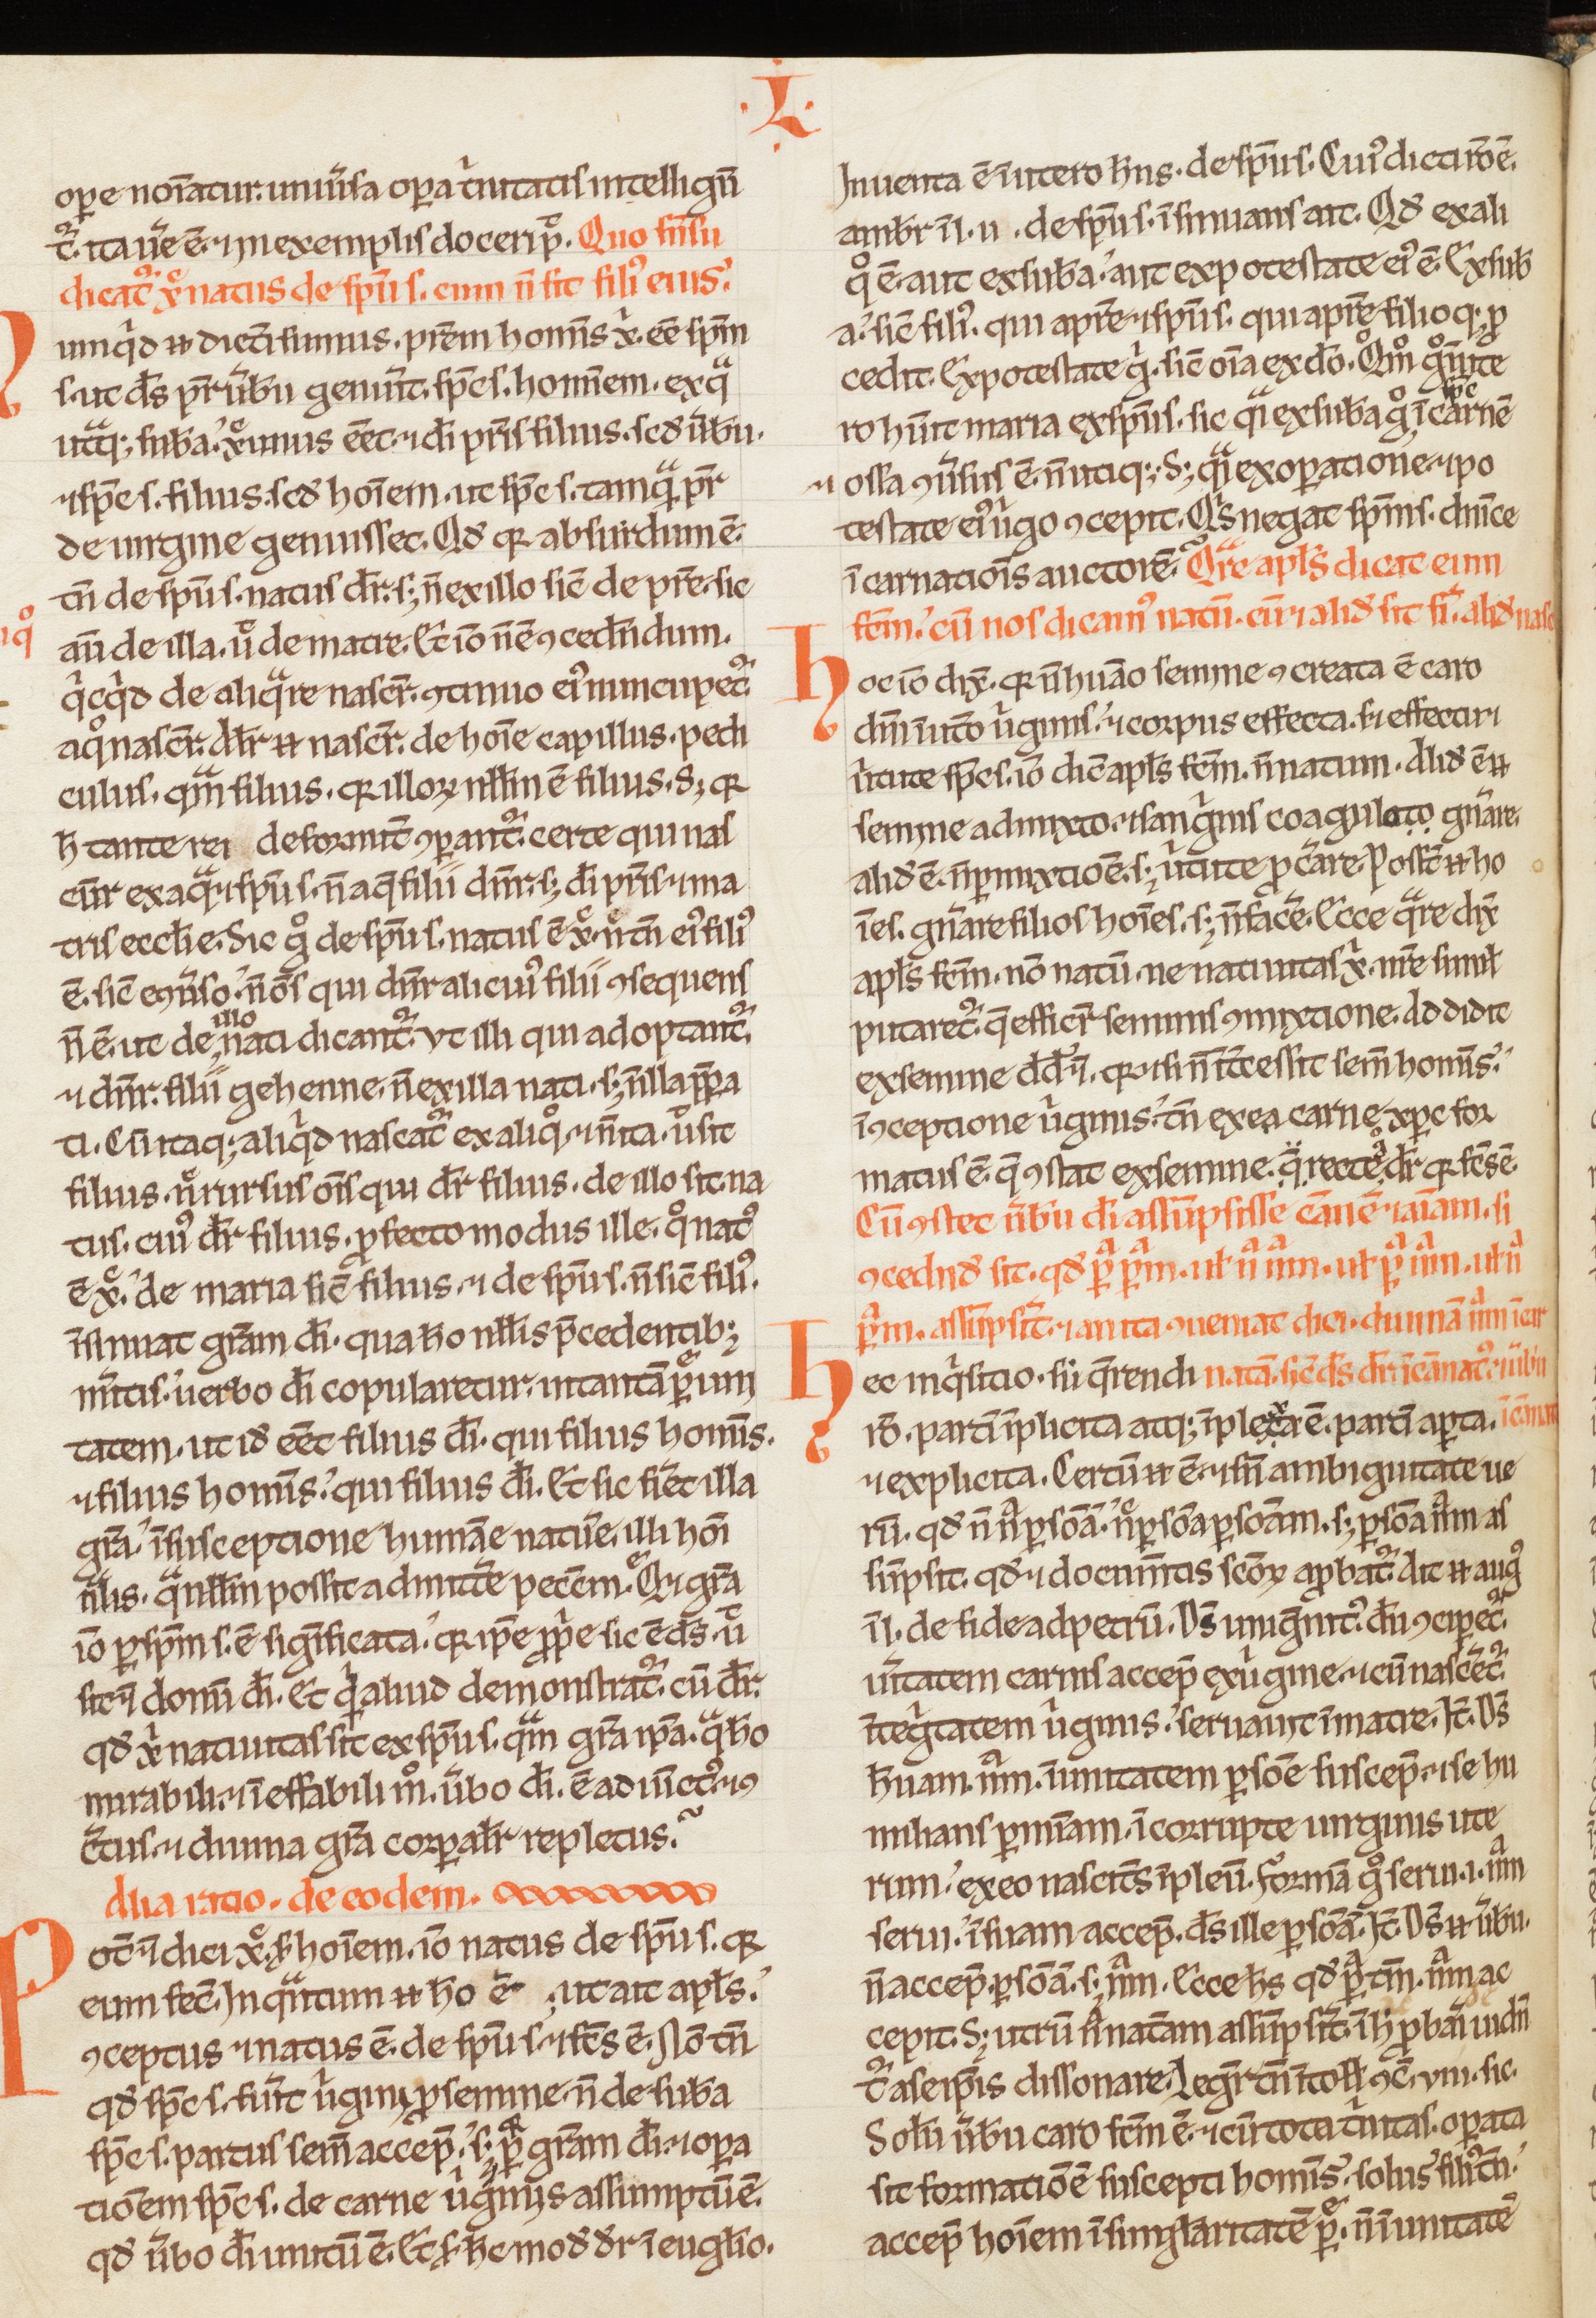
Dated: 1200–1230